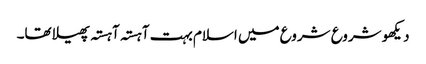
دیکھو شروع شروع میں اسلام بہت آہستہ آہستہ پھیلا تھا۔